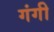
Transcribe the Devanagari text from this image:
गंगी